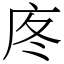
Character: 庝